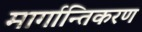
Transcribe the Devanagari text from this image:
मार्गान्तिकरण